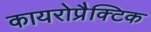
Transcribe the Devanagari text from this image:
कायरोप्रैक्टिक